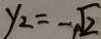
y _ { 2 } = - \sqrt { 2 }